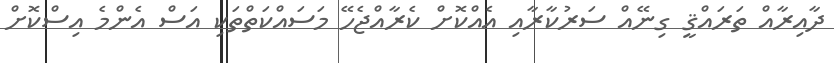
ދާއިރާއް ތަރައްޤީ ގިނޭއް ސަރުކާރާއި އެއްކޮށް ކެރާއްޖެހޭ މަސައްކަތްތަކި އަސް އެންމެ އިސްކޮށް